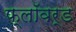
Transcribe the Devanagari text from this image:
फ्लॉवर्ड